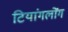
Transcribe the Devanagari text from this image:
टियांगलोंग